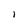
Character: I